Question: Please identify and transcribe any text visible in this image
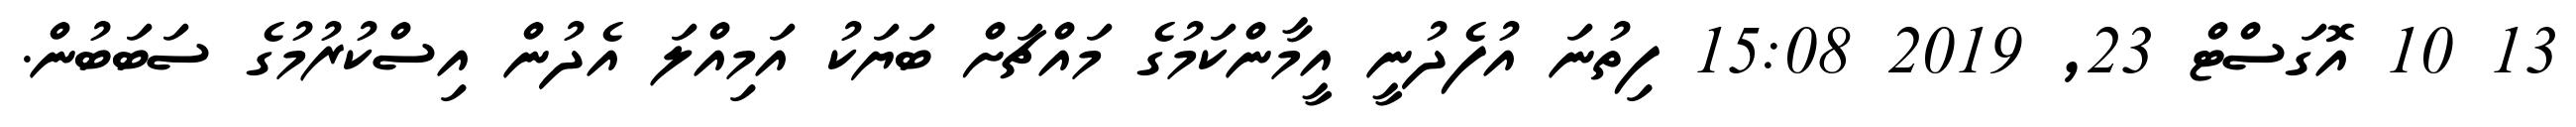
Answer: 13 10 އޮގަސްޓް 23, 2019 15:08 ފިތުނަ އުފެދުނީ އީމާންކަމުގެ މައްޗަށް ބަޔަކު އަމިއްލަ އެދުން އިސްކުރުމުގެ ސަބަބުން.